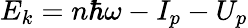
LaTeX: E_{k}=n\hbar\omega-I_{p}-U_{p}